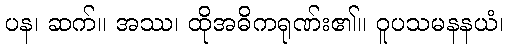
ပန၊ ဆက်။ အဿ၊ ထိုအဓိကရုဏ်း၏။ ဝူပသမနနယံ၊